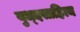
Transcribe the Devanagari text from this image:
युध्दसाहित्य